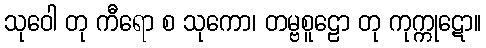
သုဝေါ တု ကီရော စ သုကော၊ တမ္ဗစူဠော တု ကုက္ကုဋော။